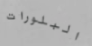
البلورات